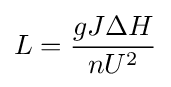
L={\frac {gJ{\Delta }H}{nU^{2}}}